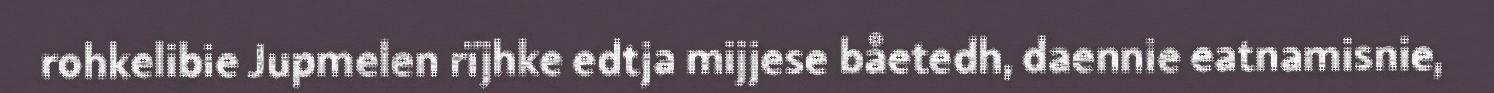
rohkelibie Jupmelen rïjhke edtja mijjese båetedh, daennie eatnamisnie,